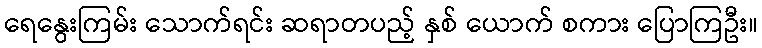
ရေနွေးကြမ်း သောက်ရင်း ဆရာတပည့် နှစ် ယောက် စကား ပြောကြဦး။